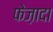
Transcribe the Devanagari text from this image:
फेज़ादा